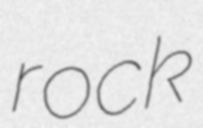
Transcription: rock